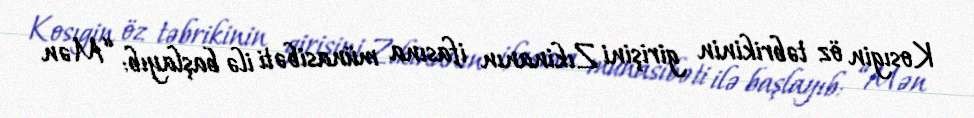
Kosıgin öz təbrikinin girişini Zıkinanın ifasına münasibəti ilə başlayıb: “Mən